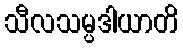
သီလသမ္ပဒါယာတိ